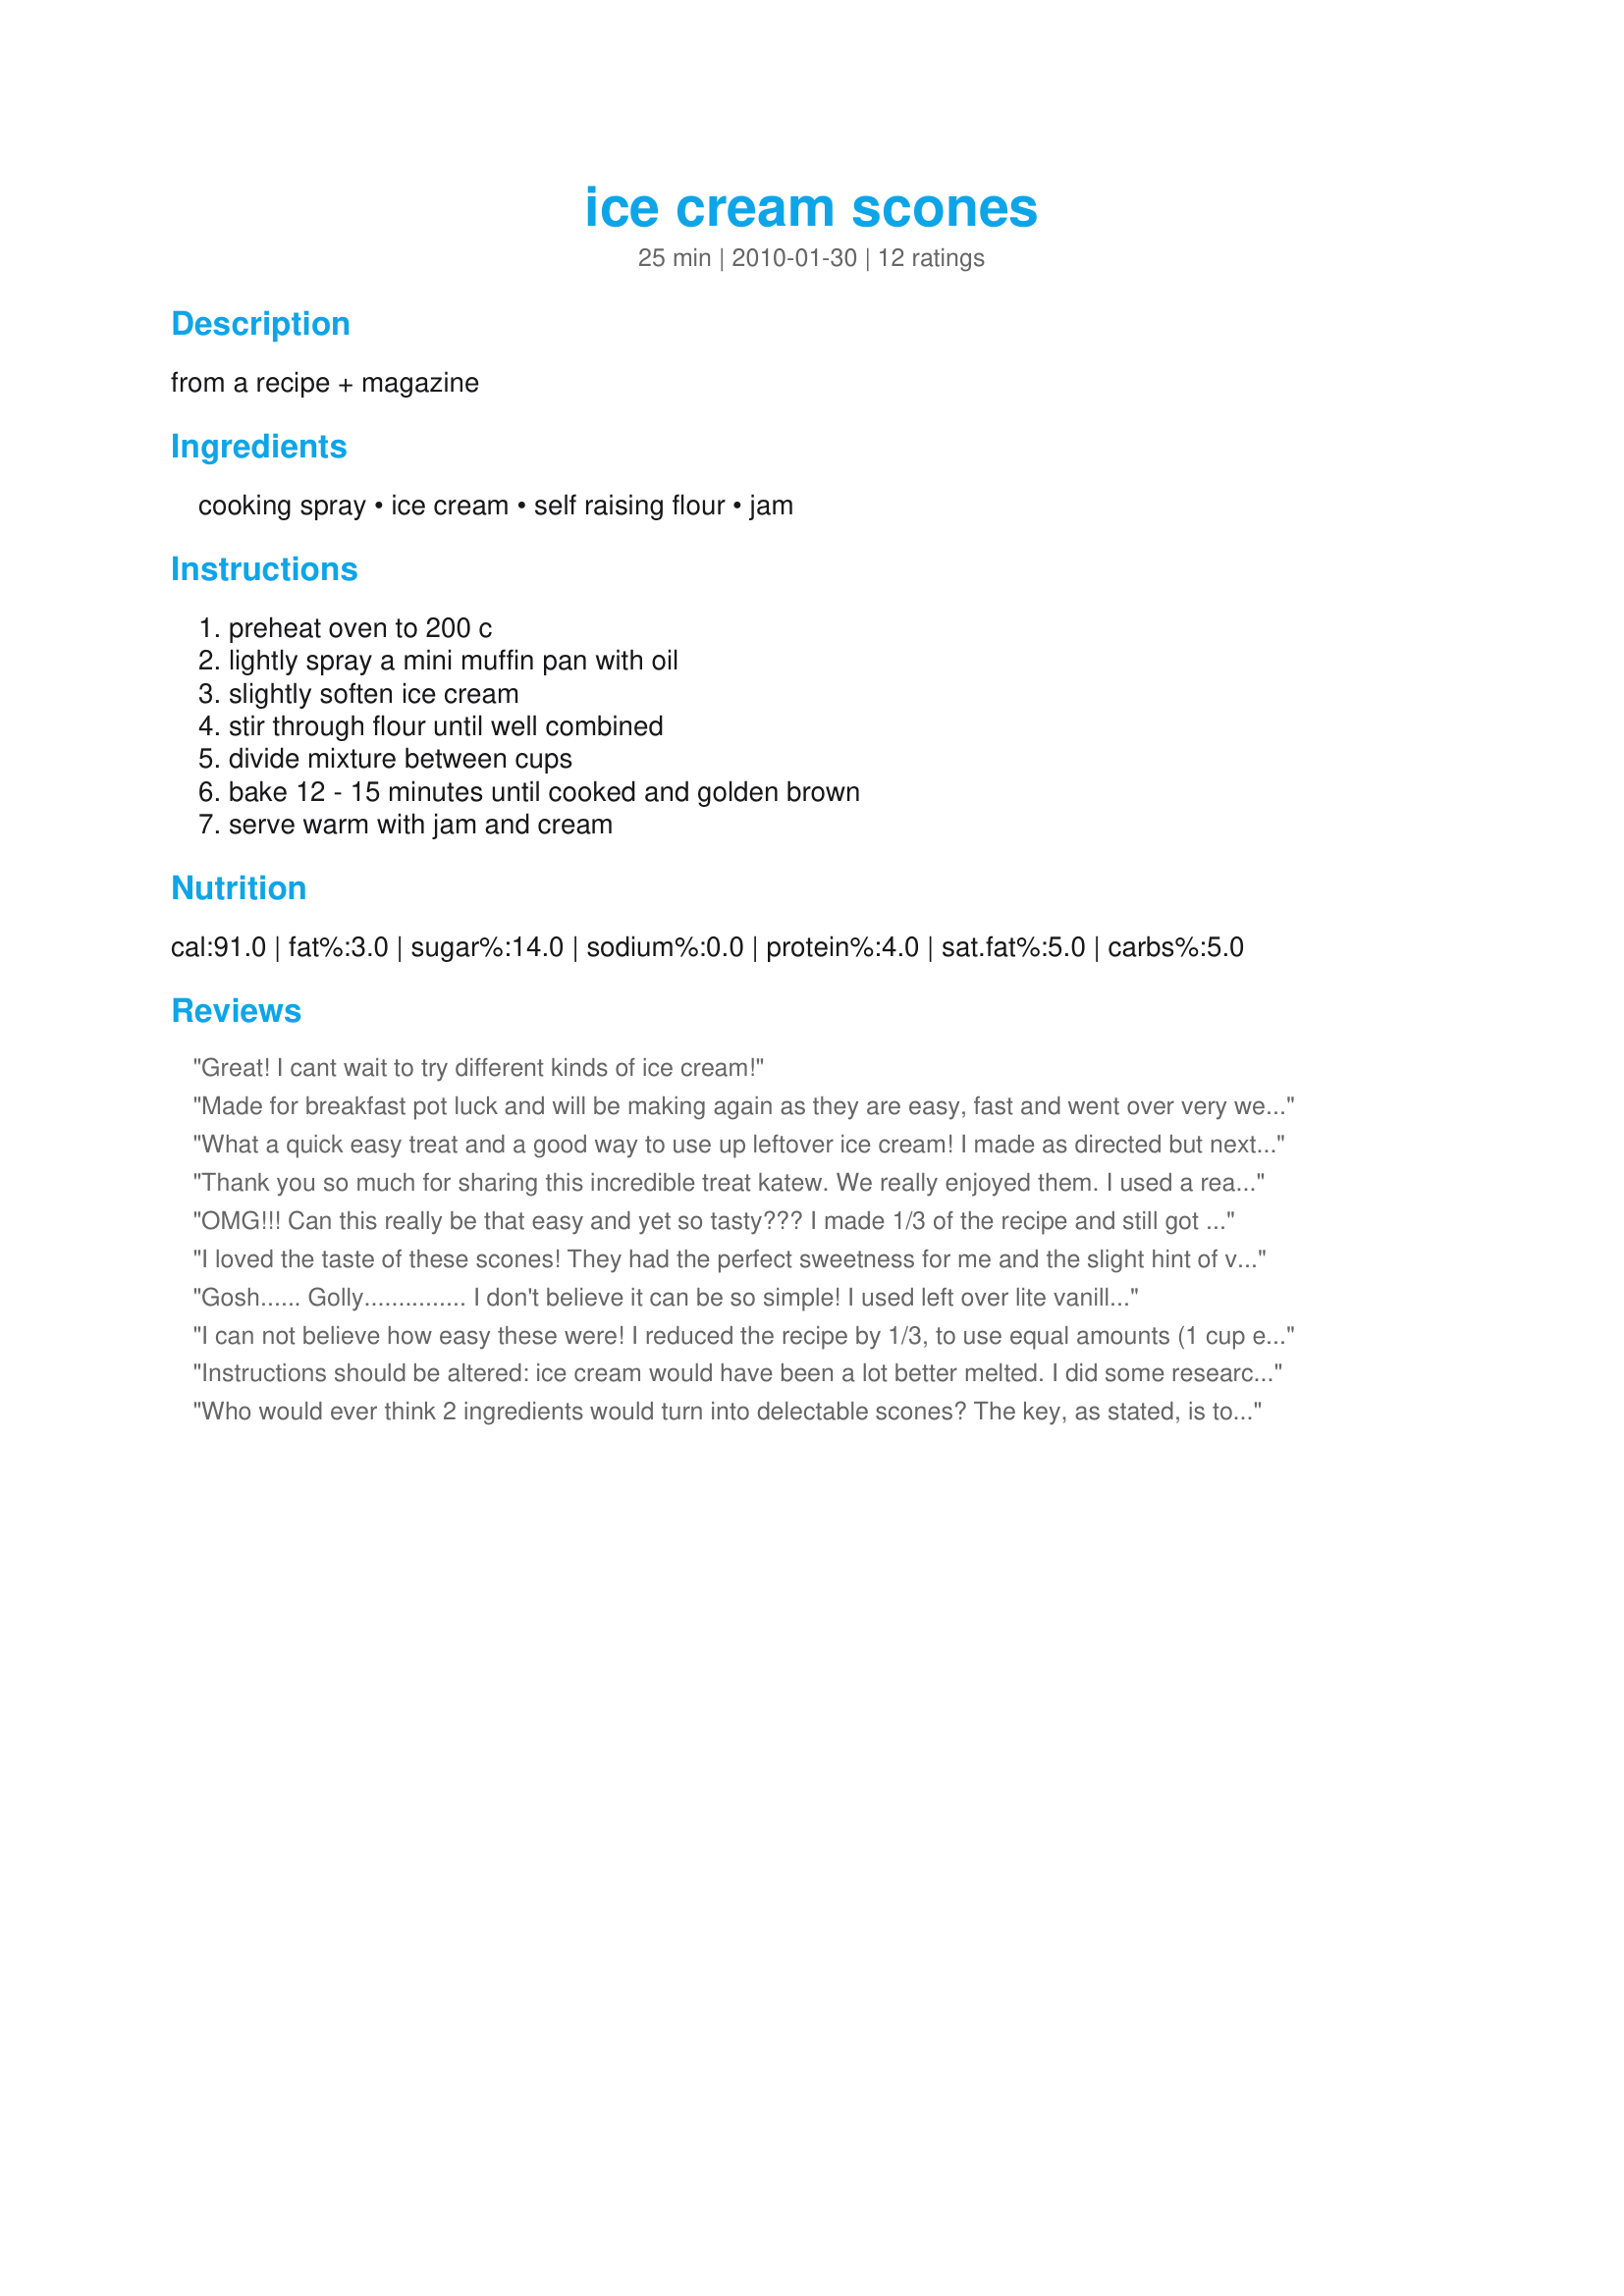
ice cream scones
Preparation time: 25 minutes

from a recipe + magazine

Ingredients:
cooking spray, ice cream, self raising flour, jam

Steps:
preheat oven to 200 c, lightly spray a mini muffin pan with oil, slightly soften ice cream, stir through flour until well combined, divide mixture between cups, bake 12 - 15 minutes until cooked and golden brown, serve warm with jam and cream

Reviews:
Great! I cant wait to try different kinds of ice cream!
Made for breakfast pot luck and will be making again as they are easy, fast and went over very well. I made two batches the first was made using Ben &amp; Jerry?s Strawberry Cheesecake ice cream that was still pretty frozen, the batter was thick and perfectly backed in 15 minutes at 350F in a mini muffin tin and turned out 30 mini scones. The second batch was Haagen Dazs Butter Pecan with the ice cream just a bit more melted as it sat while the first was baking, the batter was a bit thinner, still baked in 15 minutes and turned out 26 mini scones. Stored both overnight in zip lock bag, both were big hits but the strawberry cheesecake flavor intensified (good thing) and was just a tiny bit moister than the butter pecan. Both flavors were a hit but noticed people were more egger to try the strawberry cheese cake. Thanks for the great post and you know I will be making again.
What a quick easy treat and a good way to use up leftover ice cream! I made as directed but next time will add nuts or fruit. These would make agood alternative to biscuits for strawberry shortbread.I made this for Best of 2010 Tag-thanks for a great recipe!
Thank you so much for sharing this incredible treat katew. We really enjoyed them. I used a really good quality vanilla bean ice cream. It was so good in the scones. I garnished with more vanilla bean ice cream and some strawberry jelly. What a decadent dessert it made. I loved how quick and easy these were to make and the texture was perfect. I'll be making these again on the weekend with my little guests. They will be so pleased with themselves. :)
OMG!!! Can this really be that easy and yet so tasty??? I made 1/3 of the recipe and still got 6 mini scones. I used vanilla ice cream and based on other review, I added some mini chocolate chips and to 3 of them I also added pecans!! 17 yo DS and I thoroughly enjoyed them this morning. Will be making these often, trying different flavors of ice cream. Thanks so much for sharing this recipe. Made for Holiday Tag Game.
I loved the taste of these scones! They had the perfect sweetness for me and the slight hint of vanilla from the ice-cream was wonderful! I added in some dried cherries (~2 tbs) and 1/2 tbs of cinnamon chips, which was quite a yummy addition. I would luv to try other flavours, too such as chocolate chips or plain raisins.
The texture of these scones was different from the ones I usually make, but also very enjoyable. The scones were dense and soft on the inside, with a very crunchy crust on top.
I made half the recipe and ended up with 4 muffins, that didnt rise as much as I had thought they would.
If I was to rate on taste and texture only these would be a 5+ stars, but I had some slight troubles with the preparation: I didnt know how the dough was supposed to be like when putting it into the muffin tins, but I assumed that it would be a thick dough due to the ice-cream melting later in the oven producing more liquid then. But when I added in the called for amount, I ended up with a crumbly mess. I then added in more ice-cream til the dough stuck together somewhat and that worked out well.
I would have liked to know how the dough is supposed to be like, though.
Apart from that and the 5 minutes more in the oven that the scones needed to get done, these were just perfect! I am planning on making them again soon!
THANKS SO MUCH for sharing this easy and super tasty recipe with us, Kate!
Made and reviewed for Everyday Is A Holiday Tag Game April 2010.
Gosh...... Golly...............
I don't believe it can be so simple!
I used left over lite vanilla ice-cream and these were just so wonderful!
Just the right sweetness, and all I can say is quick, easy and so superb!
Maybe not as light and fluffy as normal scones,,,,,,,, but these scones are still brilliant!
I am going to be making these a lot... just the thing for that ice-cream left in the bottom of the container that everyone refuses to eat!!! lol
Easy peasy and so quick with a wonderful and tasty outcome!
Brilliant recipe katew.....
A big Thank You.
I can not believe how easy these were! I reduced the recipe by 1/3, to use equal amounts (1 cup each) of the ice cream and flour. I used a nice vanilla bean ice cream, and added about 1/2 tsp of vanilla, to up the flavor quotient! As made, this worked out to 12 mini muffin scones, to share with DS. He also loved them! No cream, though I used a little black cherry jam, for smearing purposes! Next time, I may use a little cream cheese! Thanks for sharing a wonderfully easy, tasty recipe, katew!
Instructions should be altered: ice cream would have been a lot better melted. I did some research online and found from other recipes instructing to use MELTED ice cream. I used ice cream straight from the freezer, and the dough was SO hard to work through! I ended up with some batter being doughy and some sludgy; it was very uneven. Will try that next time; I'm giving it a low rating because of the flawed instructions.
Who would ever think 2 ingredients would turn into delectable scones? The key, as stated, is to use a good quality ice cream. These scones rival some of the best I have ever had texture-wise. I think this recipe presents a plethora of possibilities - with different add- ins (pecans, dried cranberries, etc) and with various ice cream flavours, the possibilities are indeed endless! And, did I mention ease of preparation? This recipe is a winner! Thank-you katew for submitting it. Made for "Share the Love" in Everyday Holiday Tag-Feb'10.
Wow, a great recipe katew!! The family love them when we make them and they taste just like normal scones, but better!! Thanx for the great recipe!
I made a 1/3 recipe using some honeycomb ice-cream I had that was a bit crystallised and no good for eating on it's own. This is lovely & simple..and easily made from fridge & pantry staples...my kind of recipe..Thanks for posting!
